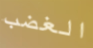
الغضب